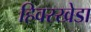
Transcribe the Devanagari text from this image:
हिवरखेडा